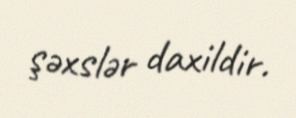
şəxslər daxildir.